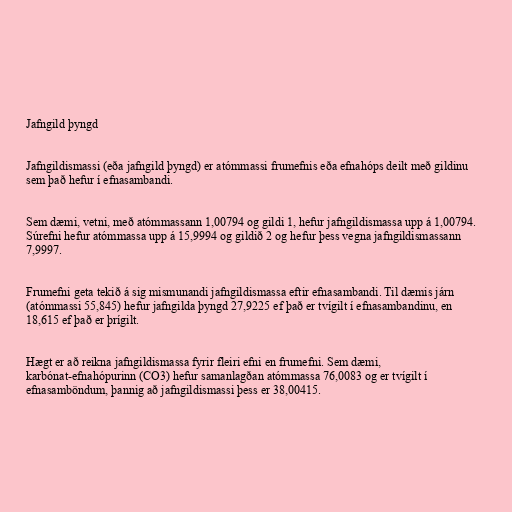
Jafngild þyngd

Jafngildismassi (eða jafngild þyngd) er atómmassi frumefnis eða efnahóps deilt með gildinu
sem það hefur í efnasambandi.

Sem dæmi, vetni, með atómmassann 1,00794 og gildi 1, hefur jafngildismassa upp á 1,00794.
Súrefni hefur atómmassa upp á 15,9994 og gildið 2 og hefur þess vegna jafngildismassann
7,9997.

Frumefni geta tekið á sig mismunandi jafngildismassa eftir efnasambandi. Til dæmis járn
(atómmassi 55,845) hefur jafngilda þyngd 27,9225 ef það er tvígilt í efnasambandinu, en
18,615 ef það er þrígilt.

Hægt er að reikna jafngildismassa fyrir fleiri efni en frumefni. Sem dæmi,
karbónat-efnahópurinn (CO3) hefur samanlagðan atómmassa 76,0083 og er tvígilt í
efnasamböndum, þannig að jafngildismassi þess er 38,00415.